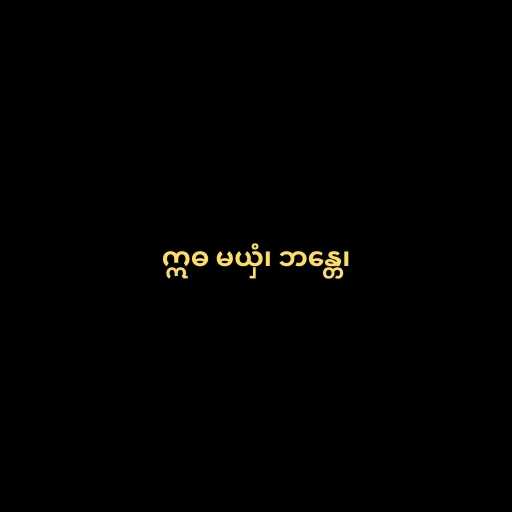
ဣဓ မယှံ၊ ဘန္တေ၊